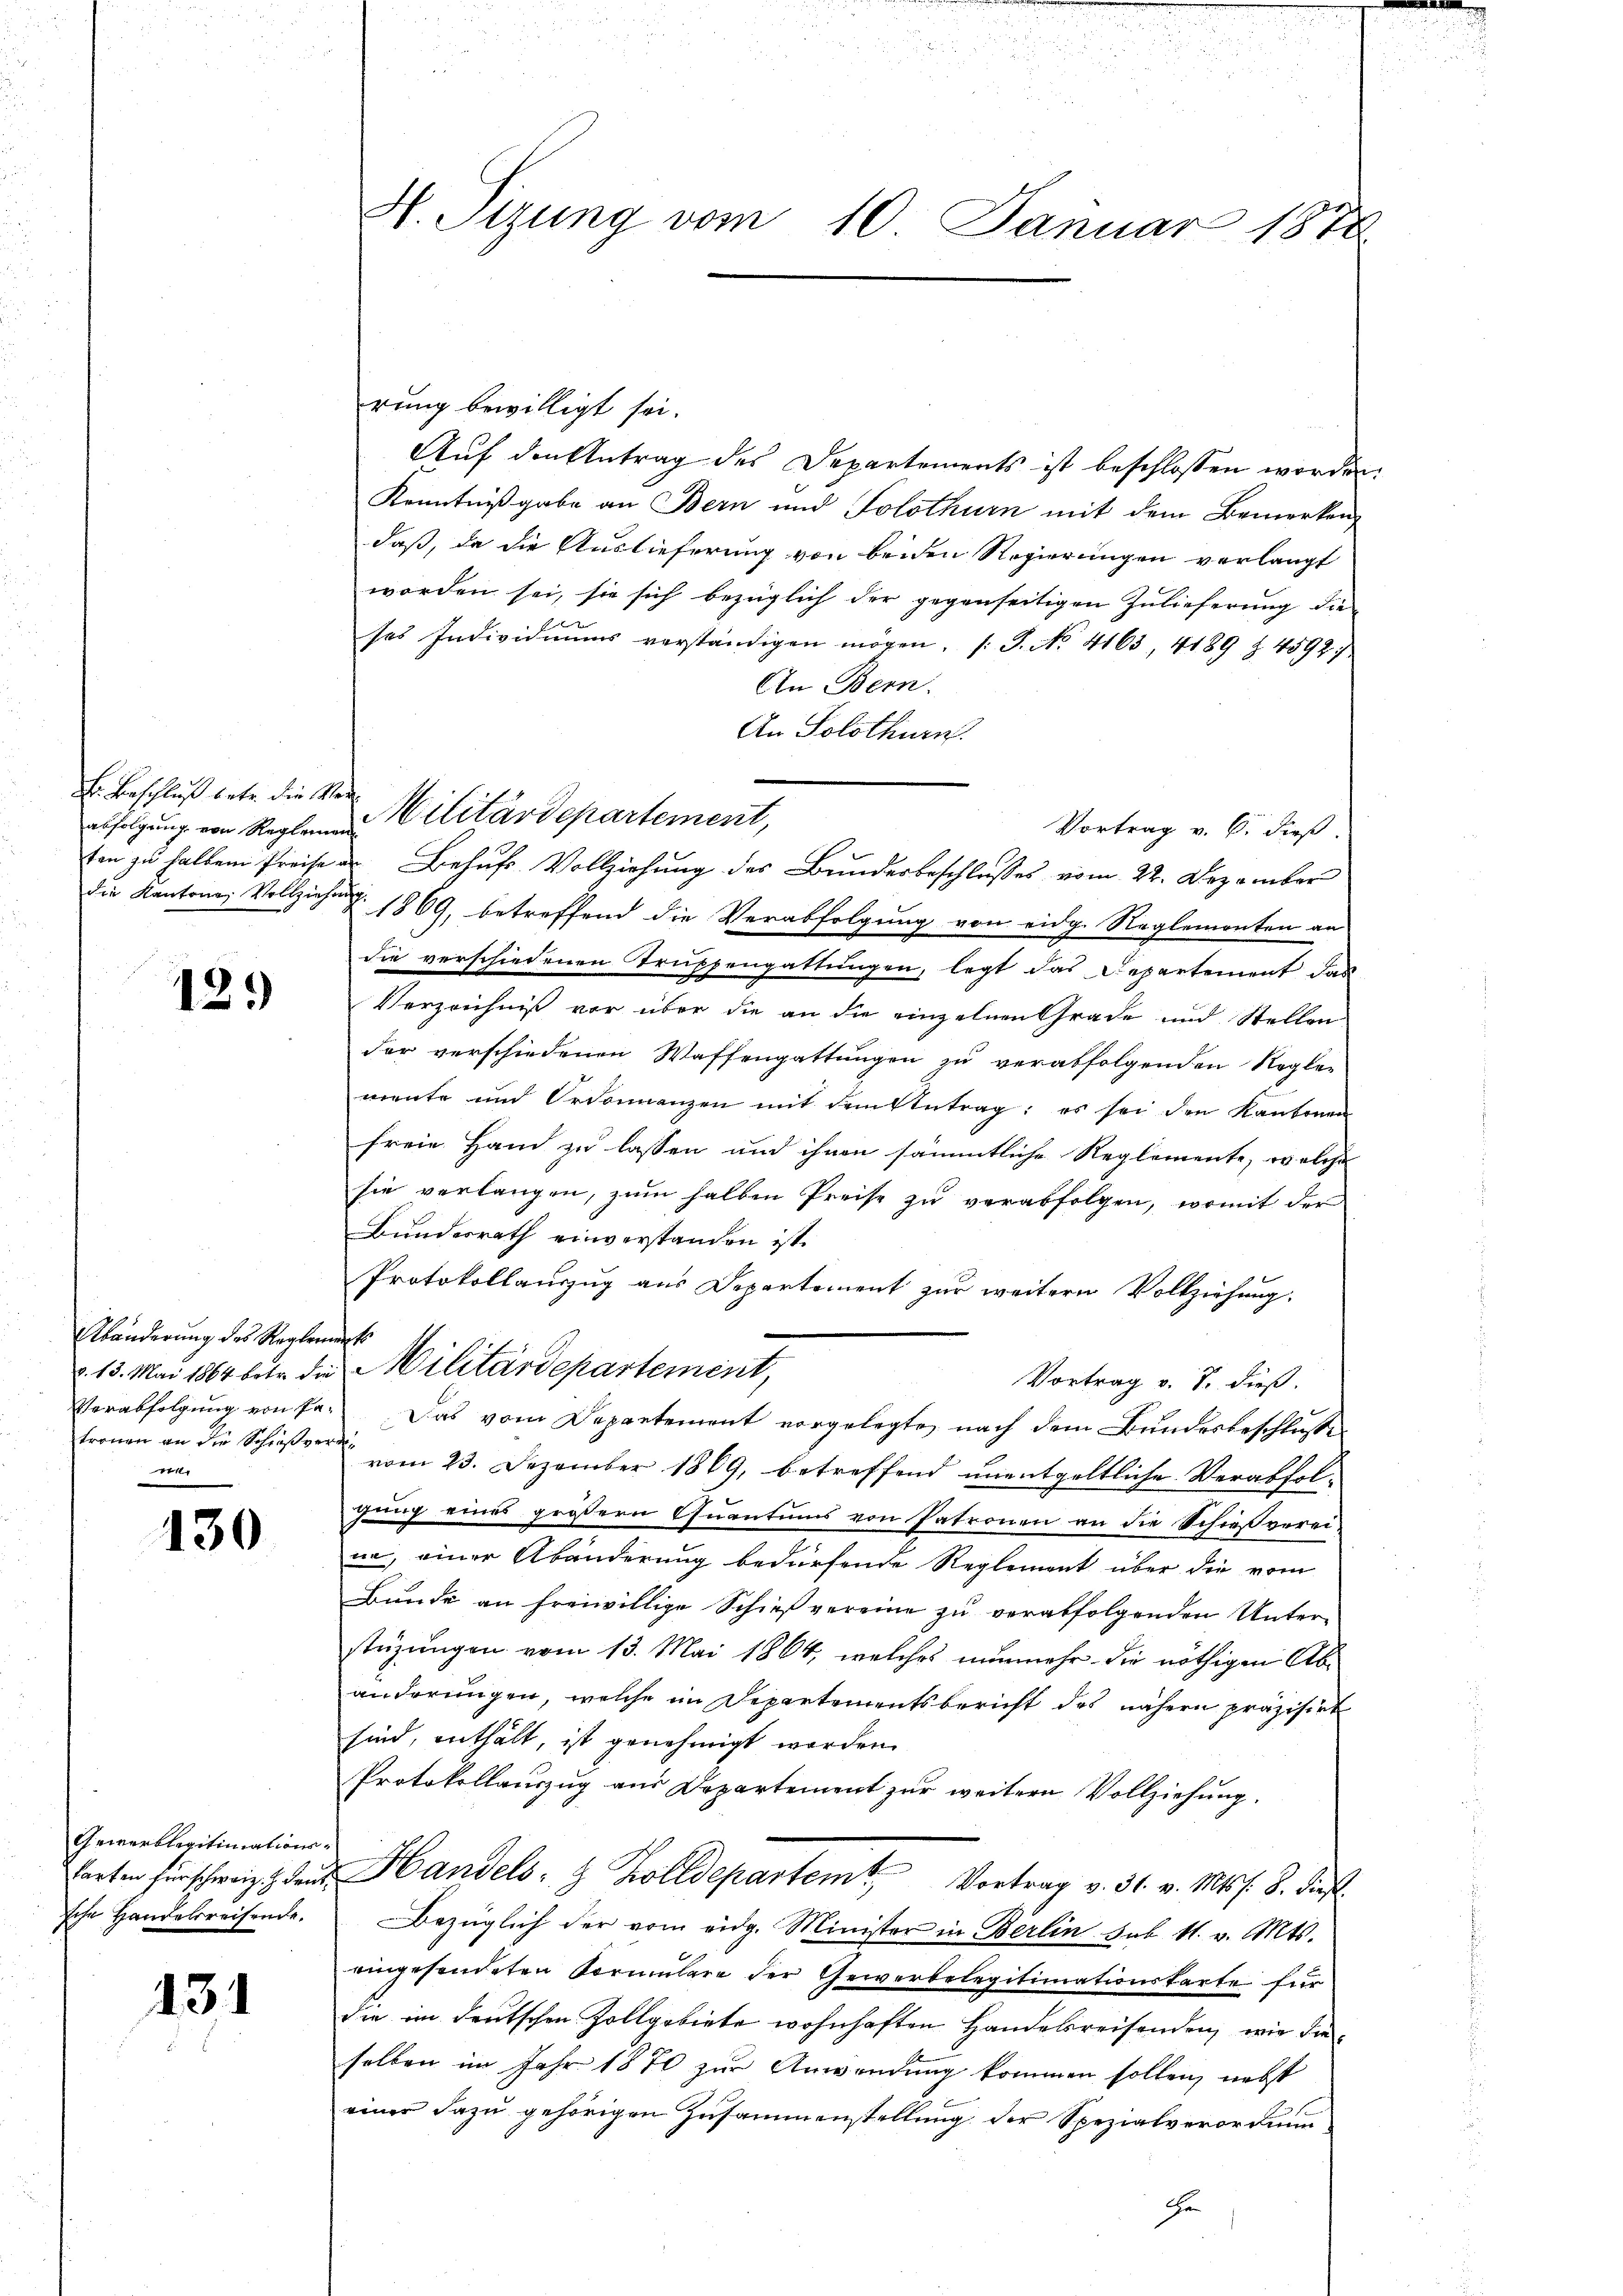
E. Beschluß betr. die Ver
abfolgung von Reglemen
die Kantonen Vollziehung.

12.)

Abänderung des Reglern
d. 13. Mai 1864 betr. die
Verabfolgung von Patronen an die Schießverden
t

130

Gewerblegitimationskarten für schweiz. Z. deut
sche Handelsreisende.

131

H. Sizung vom 10. Januar 1878

rung bewilligt sei.
Auf den Antrag des Departements ist beschlossen worden
Kenntnißgabe an Bern und Solothurn mit dem Bemerken,
daß, da die Auslieferung von beiden Regierungen verlangt
worden sei, sie sich bezüglich der gegenseitigen Zulieferung die
ses Individuums verständigen mögen. (T. No. 4163, 4189 Z. 4592).
An Bern.
An Solothurn.
Militärdepartement,
Vortrag v. 6. dieß.
1869, betreffend die Verabfolgung von eidg. Reglemonten an
die verschiedenen Truppengattungen, legt das Departement das
Verzeichniß vor über die an die einzelnen Grade und Stellen
der verschiedenen Waffengattungen zu verabfolgenden Regler
mente und Ordonnanzen mit dem Antrag: es sei den Kantonen
freie Hand zu lassen und ihnen sämmtliche Reglemente, welche
sie verlangen, zum halben Preise zu verabfolgen, womit der
Bundesrath einverstanden ist.
Protokollanzug aus Departement zur weitern Vollziehung.
neh
Militärdepartement,
Vortrag v. J. dieß.
Das vom Departement vorgelegte, nach dem Bundesbeschlusse
vom 23. Dezember 1869, betreffend unentgeltliche Verabfolgung eines größern Quantums von Patronen an die Schießverei-
un, einer Abänderung bedürfende Reglement über die vom
Bunde an freiwillige Schießvereine zu verabfolgenden Unter-
stüzungen vom 13. Mai 1864, welches nunmehr die nöthigen Abänderungen, welche im Departementsbericht des nähern präzisirt
sind, enthält, ist genehmigt werden.
Protokollauszug aus Departement zur weitern Vollziehung.
Handels- & Zolldepartem Vortrag v. 31. v. Mts. S. dieß.
Bezüglich der vom eidg. Minister in Berlin sub 11. v. Mts.
eingesendeten Vormulare der Gewerbelegitimationskarte für
die im deutschen Zollgebiete wohnhaften Handelsreisenden, wie die
selben im Jahr 1870 zur Anwendung kommen sollen, nebst
einer dazu gehörigen Zusammenstellung der Spezialverordnun
Er

ten zu halben Preise er Behufs Vollziehung des Bundesbeschlusses vom 22. Dezember